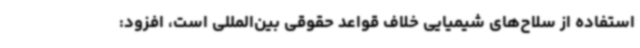
استفاده از سلاح‌های شیمیایی خلاف قواعد حقوقی بین‌المللی است، افزود: